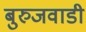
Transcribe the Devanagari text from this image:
बुरुजवाडी